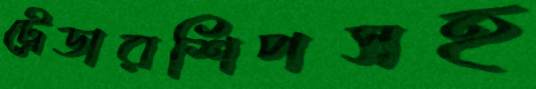
ট্রেডারশিপসহ